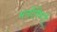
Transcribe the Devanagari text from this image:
मनीषिणो